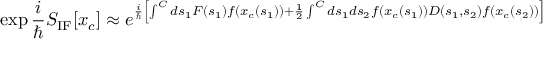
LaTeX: \exp { { \frac { i } { \hbar } } S _ { \mathrm { I F } } [ x _ { c } ] } \approx e ^ { { \frac { i } { \hbar } } \left[ \int ^ { \cal C } d s _ { 1 } F ( s _ { 1 } ) f ( x _ { c } ( s _ { 1 } ) ) + { \frac { 1 } { 2 } } \int ^ { \cal C } d s _ { 1 } d s _ { 2 } f ( x _ { c } ( s _ { 1 } ) ) D ( s _ { 1 } , s _ { 2 } ) f ( x _ { c } ( s _ { 2 } ) ) \right] }